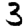
Digit: 3